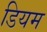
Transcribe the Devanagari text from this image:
डियम